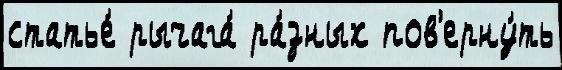
статье́ рычага́ ра́зных пов'ерну́ть